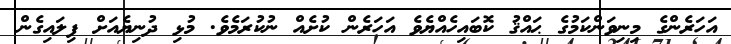
އަހަރެންގެ މިނިވަންކަމުގެ ޙައްޤު ކޮބައިހެއްޔެވެ އަހަރެން ކުށެއް ނުކުރަމެވެ. މުޅި ދުނިޔެއަށް ފިލައިގެން